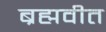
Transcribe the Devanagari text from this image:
ब्रह्मवीत